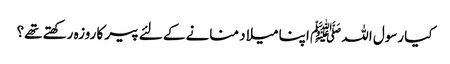
کیا رسول اللہ ﷺ اپنا میلاد منانے کے لئے پیر کا روزہ رکھتے تھے؟